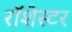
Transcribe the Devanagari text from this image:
रॉशेस्टर